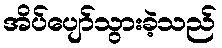
အိပ်ပျော်သွားခဲ့သည်